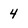
Character: 4